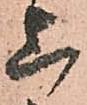
上